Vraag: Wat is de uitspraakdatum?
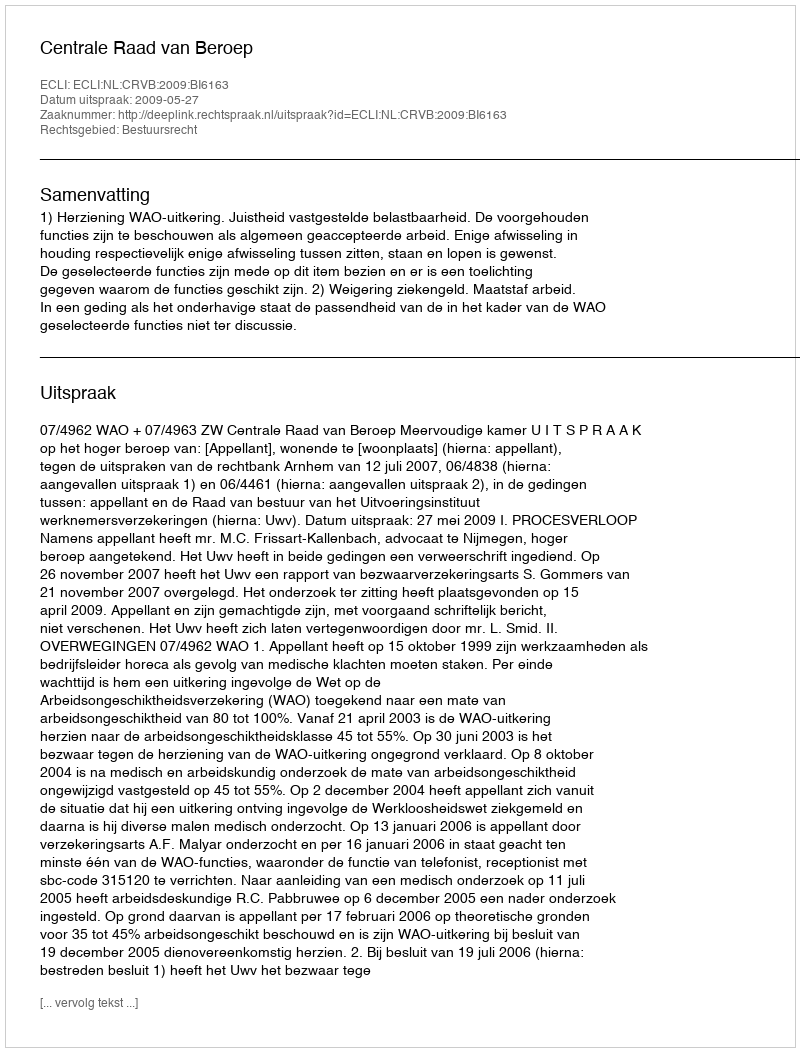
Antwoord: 2009-05-27